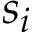
s _ { i }